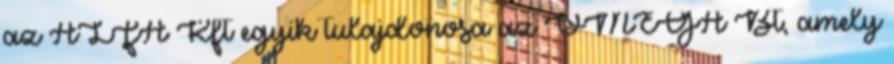
az ALFA Kft egyik tulajdonosa az OMEGA Bt, amely